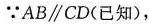
∵AB\parallel CD(已知)，